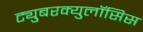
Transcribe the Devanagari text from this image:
ट्युुबरक्युलॉसिस